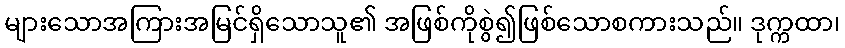
များသောအကြားအမြင်ရှိသောသူ၏ အဖြစ်ကိုစွဲ၍ဖြစ်သောစကားသည်။ ဒုက္ကထာ၊